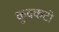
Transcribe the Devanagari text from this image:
कुक्कटी